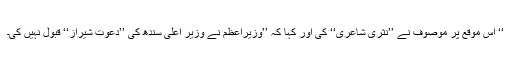
‘‘ اس موقع پر موصوف نے ’’نثری شاعری‘‘ کی اور کہا کہ ’’وزیرِاعظم نے وزیرِ اعلیٰ سندھ کی ’’دعوتِ شیراز‘‘ قبول نہیں کی۔